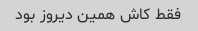
فقط کاش همین دیروز بود